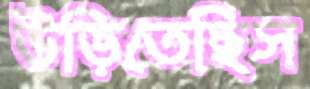
উড়িতেছিস